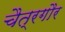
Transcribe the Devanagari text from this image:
चैत्रगौर